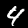
Digit: 4